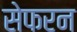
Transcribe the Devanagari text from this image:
सेफरन